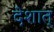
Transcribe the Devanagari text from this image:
देशात्